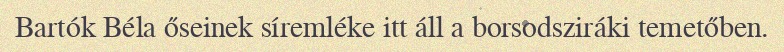
Bartók Béla őseinek síremléke itt áll a borsodsziráki temetőben.